Lui_Olesk, lk 32
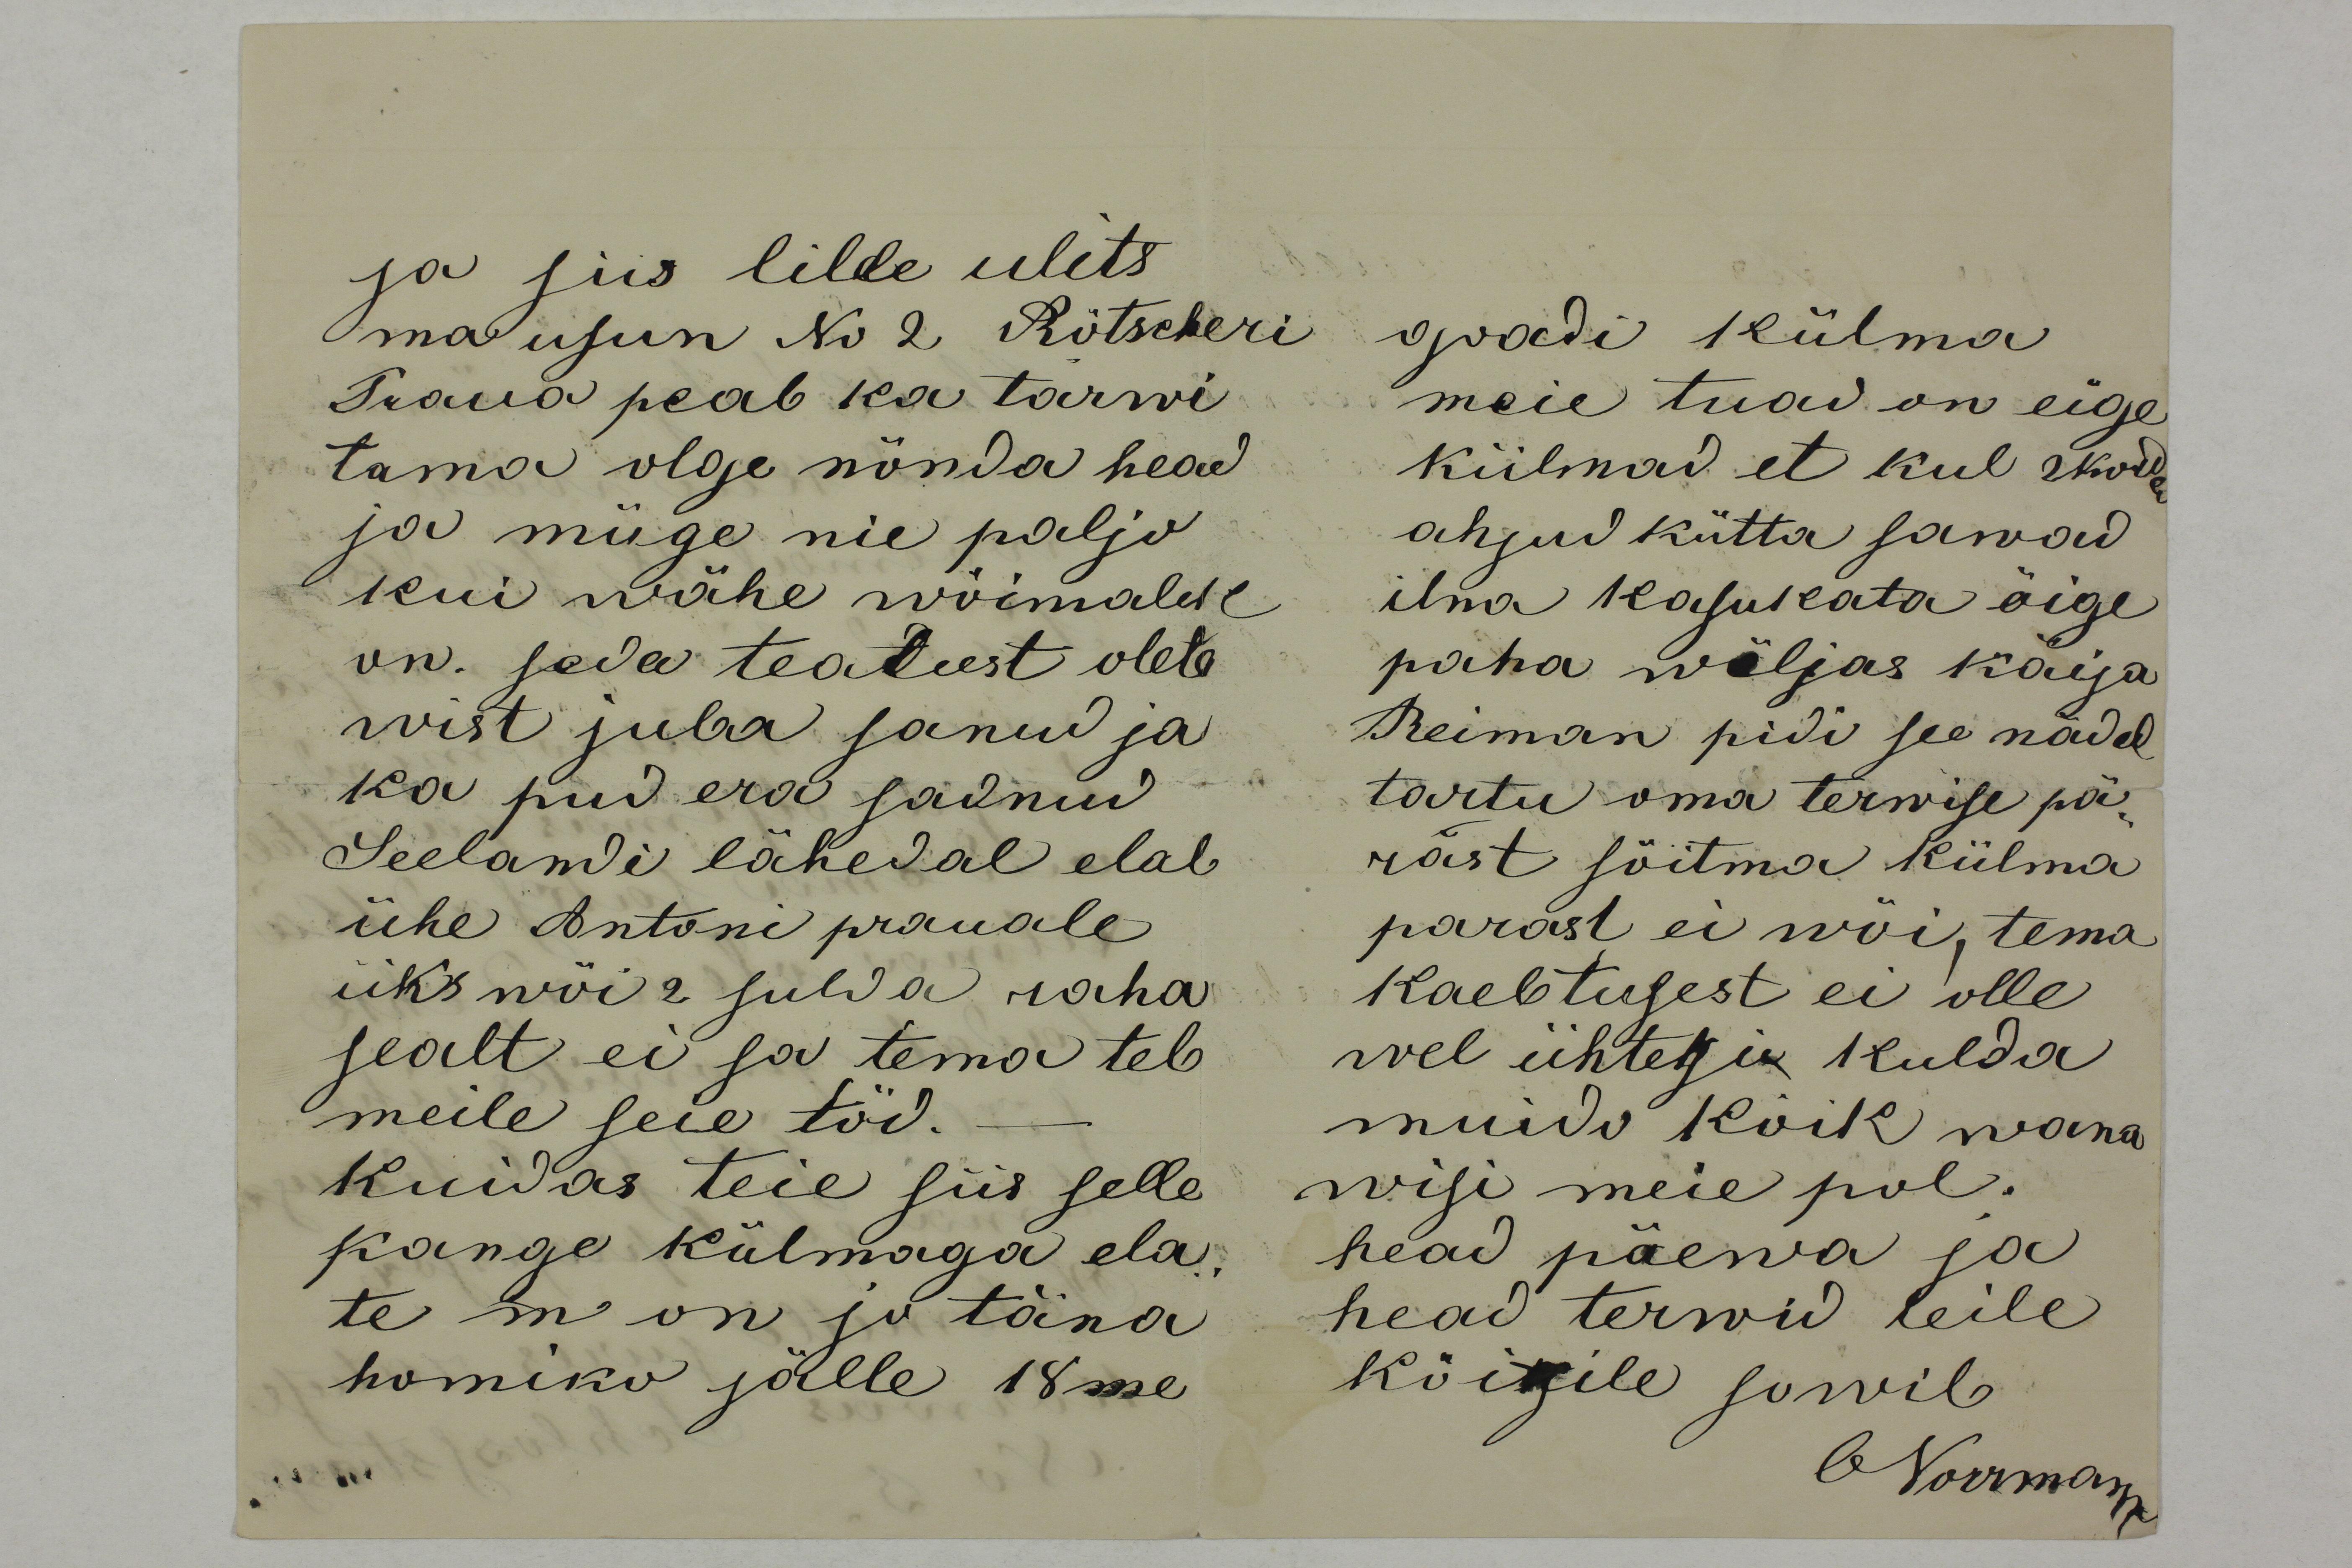
ja siis lille ulits
ma usun No 2 Rötscheri
Praua peab ka tarwi
tama olge nõnda head
ja müge nie palju
kui wähe wõimalik
on. seda teatust olete
wist juba sanud ja
ka pud era sadnud
Seelandile lähedal elab
ühe Antoni prauale
üks wõi 2 sulda raha
sealt ei sa tema teb
meile seie töd.
Kuidas teie siis selle
kange külmaga ela-
te m on jo täna 
homiko jälle 18me

gradi külma
meie tuad on eige
külmad et kul 2 korda
ahjud kütta sawad
ilma kasukata õige
paha wäljas käija
Reiman pidi see nädal
tartu oma terwise pä-
rast sõitma külma
parast ei wõi, tema
kaebtusest ei olle
wel ühtegi kulda
muido kõik wana
wisi meie pol. 
head päewa ja 
head terwid teile
kõigile sowib
ONorrmann